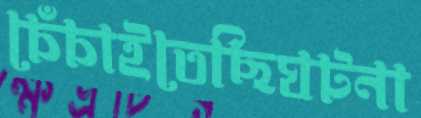
চেঁচাইতেছিঘটনা